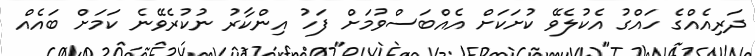
ދަރިއެއްގެ ހައްގު އެކުލެވޭ ކުށަކަށް އެއްބަސްވުމަށް ފަހު އިންކާރު ނުކުރެވޭނެ ކަމަށް ބައެއް